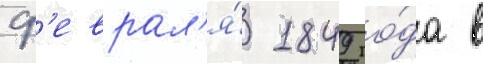
ф'еврал'я́ 1849 го́да в